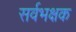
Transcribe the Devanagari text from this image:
सर्वभक्षक